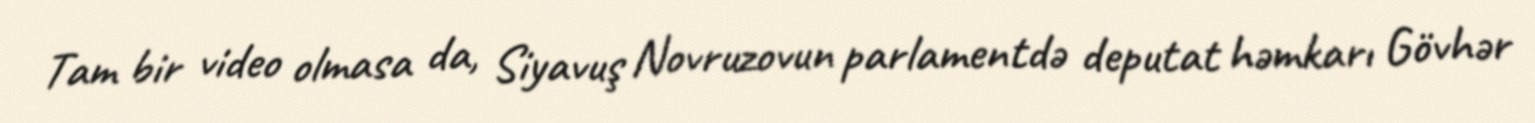
Tam bir video olmasa da, Siyavuş Novruzovun parlamentdə deputat həmkarı Gövhər